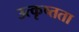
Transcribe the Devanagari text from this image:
उत्कृष्तता